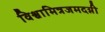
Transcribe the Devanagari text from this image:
विश्वामित्रजमदग्नी